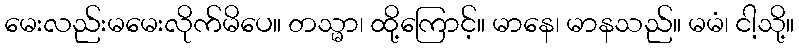
မေးလည်းမမေးလိုက်မိပေ။ တသ္မာ၊ ထို့ကြောင့်။ မာနေ၊ မာနသည်။ မမံ၊ ငါ့သို့။